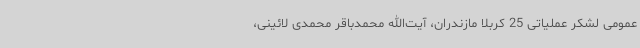
عمومی لشکر عملیاتی 25 کربلا مازندران، آیت‌الله محمدباقر محمدی لائینی،